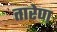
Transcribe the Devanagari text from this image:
तारेण